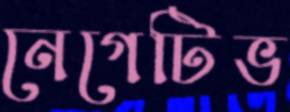
নেগেটিভ